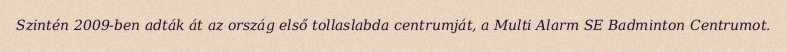
Szintén 2009-ben adták át az ország első tollaslabda centrumját, a Multi Alarm SE Badminton Centrumot.